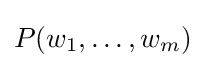
P(w_{1},\ldots ,w_{m})